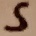
Text: 5